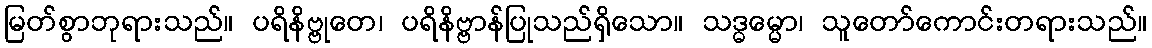
မြတ်စွာဘုရားသည်။ ပရိနိဗ္ဗုတေ၊ ပရိနိဗ္ဗာန်ပြုသည်ရှိသော။ သဒ္ဓမ္မော၊ သူတော်ကောင်းတရားသည်။